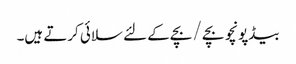
بیڈپونچو بچے / بچے کے لئے سلائی کرتے ہیں۔